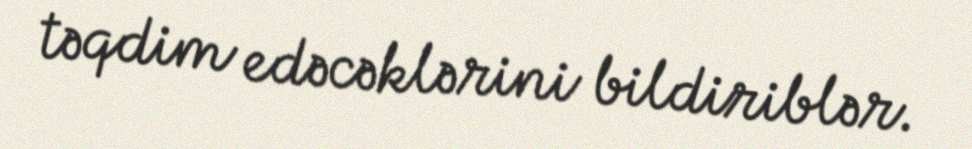
təqdim edəcəklərini bildiriblər.